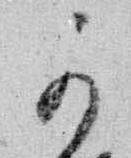
可